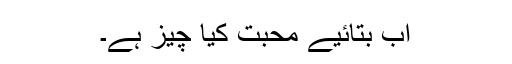
اب بتائیے محبت کیا چیز ہے۔